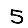
Digit: 5